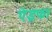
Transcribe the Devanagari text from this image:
ऐइफा